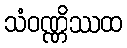
သံဝဏ္ဏိဿထ